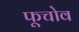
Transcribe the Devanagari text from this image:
फूचोव